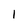
Character: 1